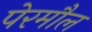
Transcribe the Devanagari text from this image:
पेरमौल